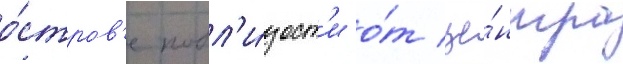
о́стров'е побл'и́зост'и о́т це́нтра